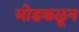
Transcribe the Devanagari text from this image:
मोडकळून